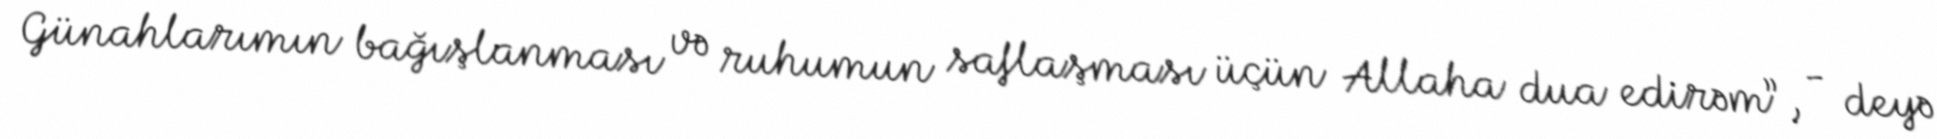
Günahlarımın bağışlanması və ruhumun saflaşması üçün Allaha dua edirəm”, - deyə